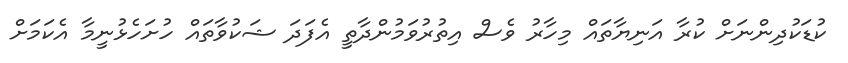
ކުޑަކުދިންނަށް ކުރާ އަނިޔާތައް މިހާރު ވެސް އިތުރުވަމުންދާތީ އެފަދަ ޝަކުވާތައް ހުށަހެޅުނީމާ އެކަމަށް